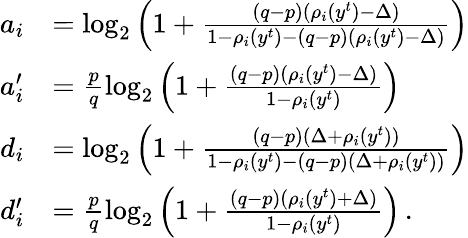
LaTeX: \begin{array}{rl}{a_{i}}&{=\log_{2}\left(1+\frac{(q-p)(\rho_{i}(y^{t})-\Delta)}{1-\rho_{i}(y^{t})-(q-p)(\rho_{i}(y^{t})-\Delta)}\right)}\\ {a_{i}^{\prime}}&{=\frac{p}{q}\log_{2}\left(1+\frac{(q-p)(\rho_{i}(y^{t})-\Delta)}{1-\rho_{i}(y^{t})}\right)}\\ {d_{i}}&{=\log_{2}\left(1+\frac{(q-p)(\Delta+\rho_{i}(y^{t}))}{1-\rho_{i}(y^{t})-(q-p)(\Delta+\rho_{i}(y^{t}))}\right)}\\ {d_{i}^{\prime}}&{=\frac{p}{q}\log_{2}\left(1+\frac{(q-p)(\rho_{i}(y^{t})+\Delta)}{1-\rho_{i}(y^{t})}\right)\, .}\end{array}